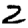
Digit: 2